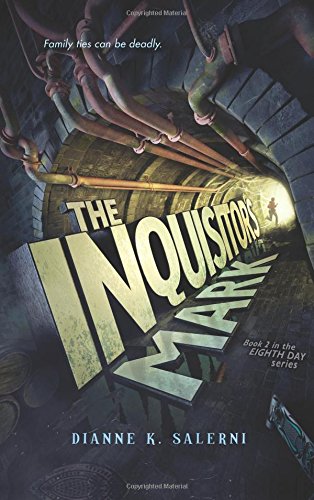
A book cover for The Inquisitor's Mark (Eighth Day); Dianne K. Salerni; Children's Books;